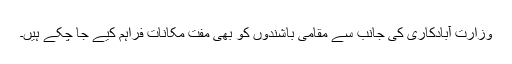
وزارت آبادکاری کی جانب سے مقامی باشندوں کو بھی مفت مکانات فراہم کیے جا چکے ہیں۔